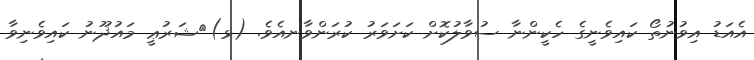
އެއަޑު އިވުނުތޯ ކައިވެނީގެ ހެކީންނާ ސުވާލުކޮށް ކަށަވަރު ކުރަންވާނއެވެ. (ޅ)	ޝަރުޢީ މައުޛޫނު ކައިވެނިވާ